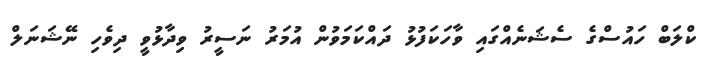
ކްލަބް ހައުސްގެ ސެޝަނެއްގައި ވާހަކަފުޅު ދައްކަމަވުން އުމަރު ނަސީރު ވިދާޅުވީ ދިވެހި ނޭޝަނަލް